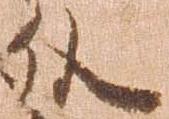
外